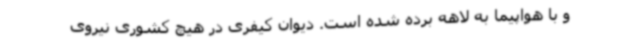
و با هواپیما به لاهه برده شده است. دیوان کیفری در هیچ کشوری نیروی